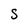
Character: S